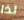
لذا